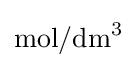
{\text{mol}}/{\text{dm}}^{3}